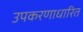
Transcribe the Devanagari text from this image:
उपकरणाधारित